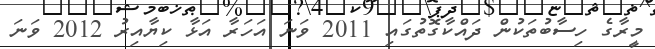
މީރާގެ ހިސާބުތަކުން ދައްކާގޮތުގައި 2011 ވަނަ އަހަރާ އަޅާ ކިޔާއިރު 2012 ވަނަ